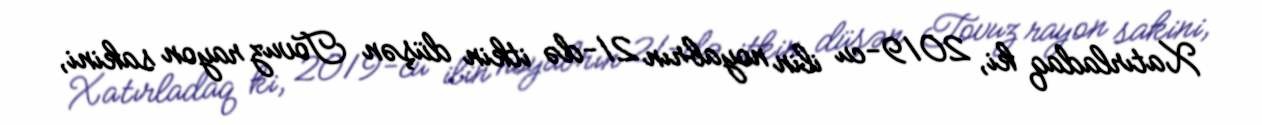
Xatırladaq ki, 2019-cu ilin noyabrın 21-də itkin düşən Tovuz rayon sakini,